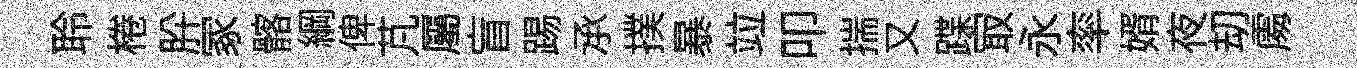
聆棬肸冢髂綱俾芃屬盲踢𠄘撲暴竝叩揣又蹀㝡永率婿夜刧𠁅